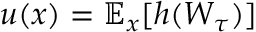
u ( x ) = \mathbb { E } _ { x } [ h ( W _ { \tau } ) ]